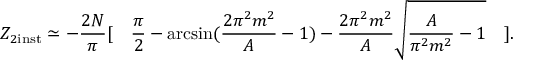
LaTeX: Z _ { 2 \mathrm { i n s t } } \simeq - \frac { 2 N } { \pi } [ \quad \frac { \pi } { 2 } - \arcsin ( \frac { 2 \pi ^ { 2 } m ^ { 2 } } { A } - 1 ) - \frac { 2 \pi ^ { 2 } m ^ { 2 } } { A } \sqrt { \frac { A } { \pi ^ { 2 } m ^ { 2 } } - 1 } \quad ] .